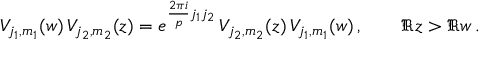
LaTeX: V _ { j _ { 1 } , m _ { 1 } } ( w ) \, V _ { j _ { 2 } , m _ { 2 } } ( z ) = e ^ { \frac { 2 \pi i } { p } j _ { 1 } j _ { 2 } } \, V _ { j _ { 2 } , m _ { 2 } } ( z ) \, V _ { j _ { 1 } , m _ { 1 } } ( w ) \, , \qquad \Re z > \Re w \, .